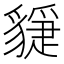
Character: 𧴇